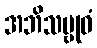
အဘိသမ္ဗုဓံ